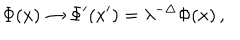
\Phi ( x ) \rightarrow \Phi ^ { \prime } ( x ^ { \prime } ) = \lambda ^ { - \Delta } \Phi ( x ) \, ,